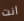
انت